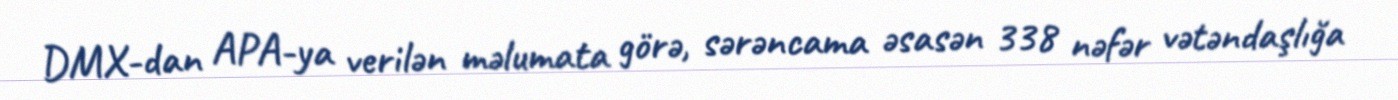
DMX-dan APA-ya verilən məlumata görə, sərəncama əsasən 338 nəfər vətəndaşlığa